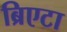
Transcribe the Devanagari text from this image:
ब्रिएटा